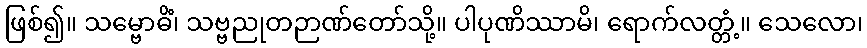
ဖြစ်၍။ သမ္ဗောဓိံ၊ သဗ္ဗညုတဉာဏ်တော်သို့။ ပါပုဏိဿာမိ၊ ရောက်လတ္တံ့။ သေလော၊